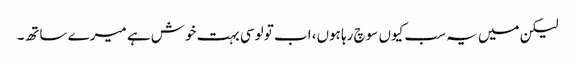
لیکن میں یہ سب کیوں سوچ رہا ہوں، اب تو لوسی بہت خوش ہے میرے ساتھ۔